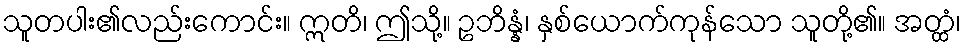
သူတပါး၏လည်းကောင်း။ ဣတိ၊ ဤသို့။ ဥဘိန္နံ၊ နှစ်ယောက်ကုန်သော သူတို့၏။ အတ္ထံ၊